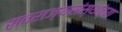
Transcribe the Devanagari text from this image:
स्वराज्यसंस्थांच्या